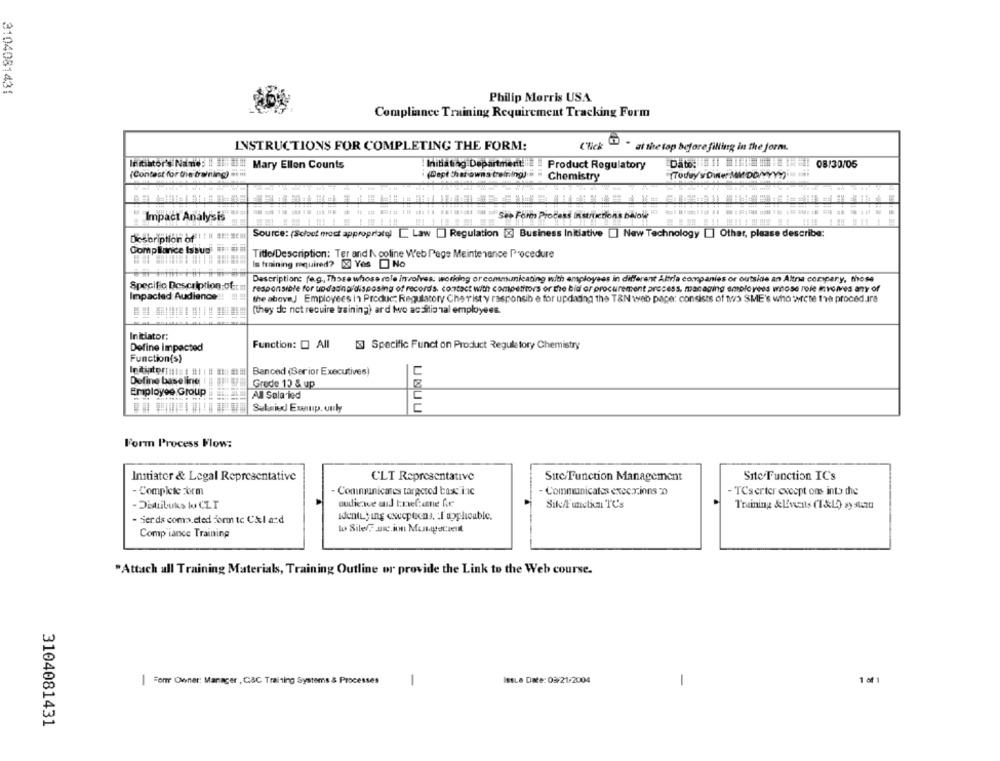
3104081431
Philip Morris USA
Compliance Training Requirement Tracking Form
INSTRUCTIONS FOR COMPLETING THE FORM:
Click
I . at the top before filling in the form.
Initiator's Name !! filial !! Mary Ellen Counts
! Initiating Department !!!
Product Regulatory
Date: // //// 11
08/30/05
[Contest for the training) semi
(Sept Chat owns training)
(Today's Dile MM DOMYY?)
Chemistry
Impact Analysis
Description of : # # !!!
Source: (Schoot most appropriate) [ Law [] Regulation [2] Business Initiative [] New Technology [] Other, please describe:
Compliance Issud H
Title/Description: Ter and A coline Web Page Maintenance Procedure
Is training required? & Yos No
Description: (e.g ., Those whose role involves. working or communicating with employees in different Altria companies or outside an Altna compary, those
Specific Description:of m
responsible for updadnordisposing of records, contact with competitors or the bid or procurement process, managing employees whose rofe involves any of
Impacted Audience
the aboveJ Employees in Product Regulatory Cher'ist'y responsib e for updating the T&N web page: consists of two SME's who :wircte the procedure
(they do not require training) ard two acsitio Tal employees.
Initiator:
Define impacted
Function: @ All
[@] Specific Funct on Product Regulatory Chemistry
Function(s)
Benced (Serior Executives)
Define baseline !
Grade 13 & up
Employee Group
All Sala led
Subsid Exeinp, only
Form Process Flow:
Initiator & Legal Representative
CLT Representative
Site/Function Management
Site Function IC's
- Complete Form
- Communicates targeted bass i.c
Communicates excer.ions D
- TCserter except ons into the
oudicwce and trefame for
SikA unelia TC's
Training & Events (T&L) xy sa
Identi; ing execpecas, if applicable.
- Sier ds como.cted form to Col a :: d
Comp"iance Training
"Attach all Training Materials, Training Outline or provide the Link to the Web course.
Forr Owner: Manager , C&C Training Systems & Processes
1
IstLe Date: 03/21/2004
-
1 of 1
3104081431